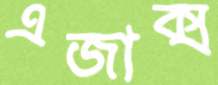
এজাক্স